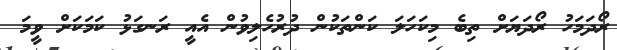
ރޯދަމަހު ރޯދަޔަށް ތިބެ މިކަހަލަ ކަންތަކުން ދުރުހެލިވުން އެއީ ރަނގަޅު ކަމަކަށް ވީމަ